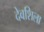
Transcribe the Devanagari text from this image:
देवशिला